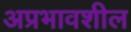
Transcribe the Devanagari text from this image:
अप्रभावशील